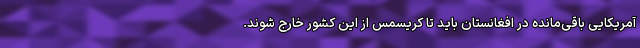
آمریکایی باقی‌مانده در افغانستان باید تا کریسمس از این کشور خارج شوند.